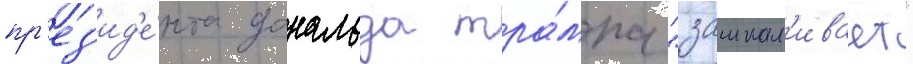
пр'ез'ид'е́нта дональда тра́мпа "зашкал'ивает"